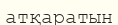
атқаратын